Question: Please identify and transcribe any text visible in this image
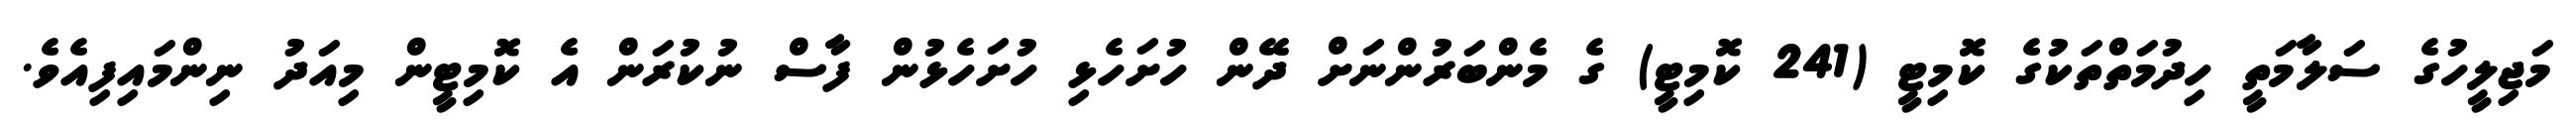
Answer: މަޖިލީހުގެ ސަލާމަތީ ހިދުމަތްތަކުގެ ކޮމިޓީ (241 ކޮމިޓީ) ގެ މެންބަރުންނަށް ދޭން ހުށަހެޅި ހުށަހެޅުން ފާސް ނުކުރަން އެ ކޮމިޓީން މިއަދު ނިންމައިފިއެވެ.